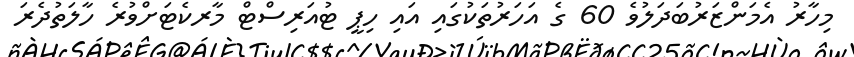
މިހާރު އެމަންޒަރުބަދަލުވެ 60 ގެ އަހަރުތަކުގައި އައި ހިޕީ ޓުއަރިސްޓް މާރކެޓަށްވުރެ ހާލަތުދެރަ